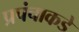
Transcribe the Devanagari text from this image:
प्रपंचाकडे